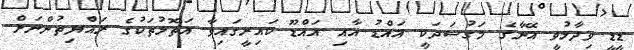
ޑީޑީ ވިދާޅުވީ އޭނާގެ މަގުސަދަކީ އައްޑު އާއި އައްޑޫ ކައިރީގައިވާ އަތޮޅުތަކުގެ ރައްޔިތުންނަށް